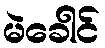
မဲခေါင်